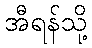
အီရန်သို့